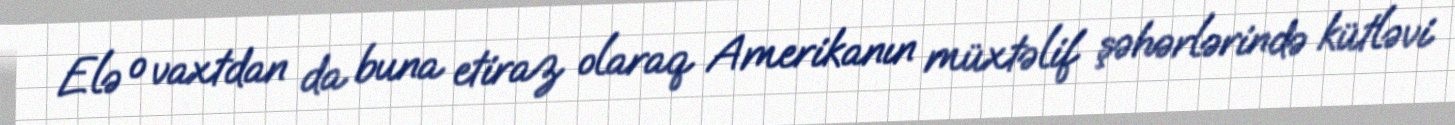
Elə o vaxtdan da buna etiraz olaraq Amerikanın müxtəlif şəhərlərində kütləvi